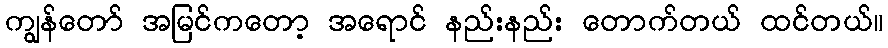
ကျွန်တော် အမြင်ကတော့ အရောင် နည်းနည်း တောက်တယ် ထင်တယ်။